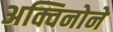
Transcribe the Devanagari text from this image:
अक्विनोने